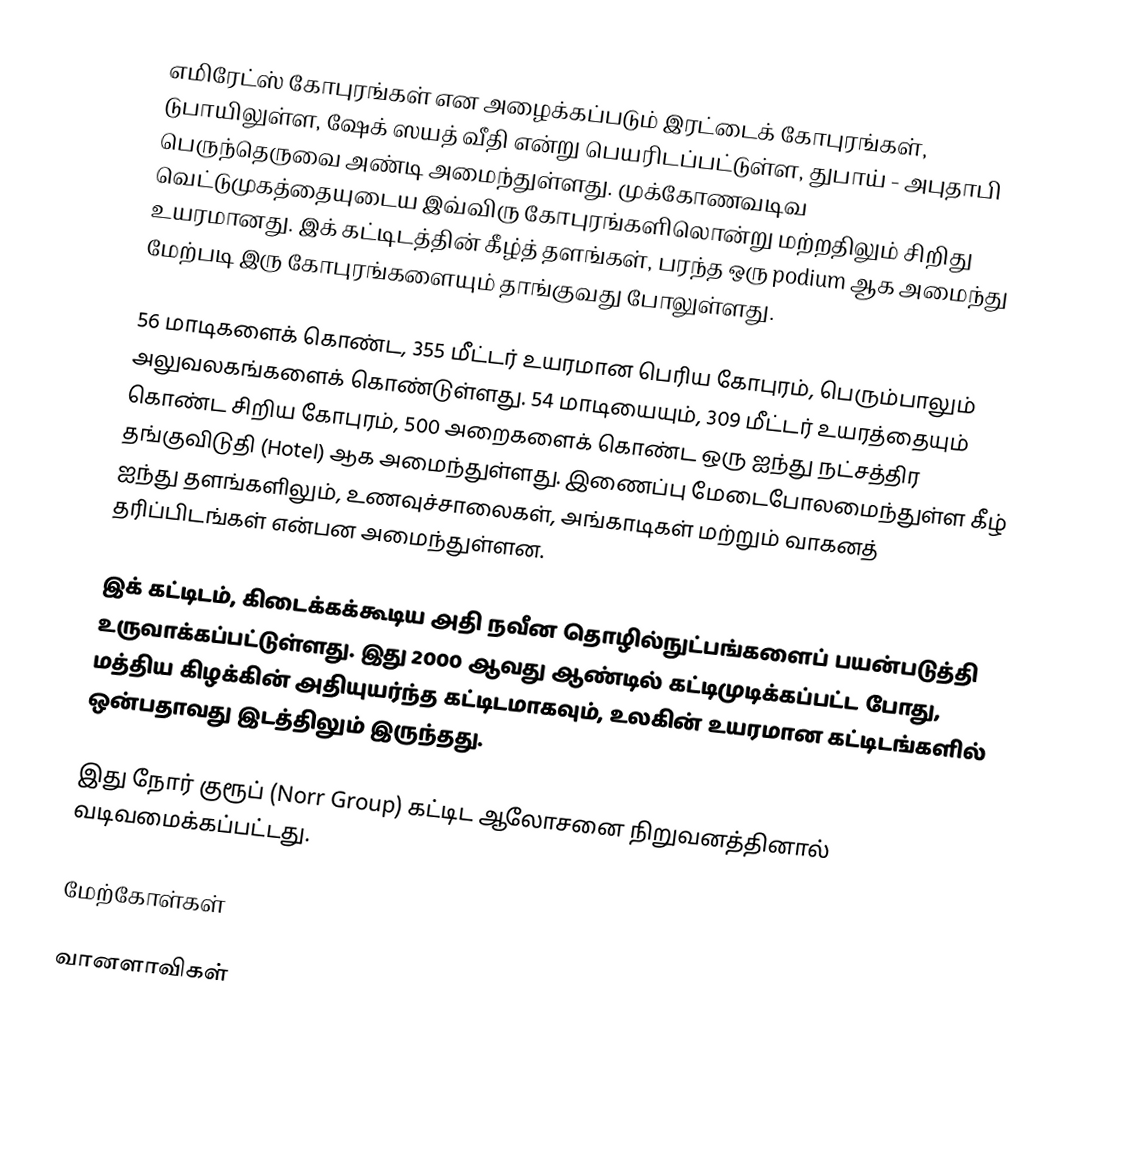
எமிரேட்ஸ் கோபுரங்கள் என அழைக்கப்படும் இரட்டைக் கோபுரங்கள், டுபாயிலுள்ள, ஷேக் ஸயத் வீதி என்று பெயரிடப்பட்டுள்ள, துபாய் - அபுதாபி பெருந்தெருவை அண்டி அமைந்துள்ளது. முக்கோணவடிவ வெட்டுமுகத்தையுடைய இவ்விரு கோபுரங்களிலொன்று மற்றதிலும் சிறிது உயரமானது. இக் கட்டிடத்தின் கீழ்த் தளங்கள், பரந்த ஒரு podium ஆக அமைந்து மேற்படி இரு கோபுரங்களையும் தாங்குவது போலுள்ளது.

56 மாடிகளைக் கொண்ட, 355 மீட்டர் உயரமான பெரிய கோபுரம், பெரும்பாலும் அலுவலகங்களைக் கொண்டுள்ளது. 54 மாடியையும், 309 மீட்டர் உயரத்தையும் கொண்ட சிறிய கோபுரம், 500 அறைகளைக் கொண்ட ஒரு ஐந்து நட்சத்திர தங்குவிடுதி (Hotel) ஆக அமைந்துள்ளது. இணைப்பு மேடைபோலமைந்துள்ள கீழ் ஐந்து தளங்களிலும், உணவுச்சாலைகள், அங்காடிகள் மற்றும் வாகனத் தரிப்பிடங்கள் என்பன அமைந்துள்ளன.

இக் கட்டிடம், கிடைக்கக்கூடிய அதி நவீன தொழில்நுட்பங்களைப் பயன்படுத்தி உருவாக்கப்பட்டுள்ளது. இது 2000 ஆவது ஆண்டில் கட்டிமுடிக்கப்பட்ட போது, மத்திய கிழக்கின் அதியுயர்ந்த கட்டிடமாகவும், உலகின் உயரமான கட்டிடங்களில் ஒன்பதாவது இடத்திலும் இருந்தது.

இது நோர் குரூப் (Norr Group) கட்டிட ஆலோசனை நிறுவனத்தினால் வடிவமைக்கப்பட்டது.

மேற்கோள்கள்

வானளாவிகள்